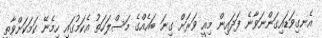
އެނގިވަޑައިގަންނަވާނެ ފަދައިން މިއީ ވަރަށް ގިނަ ބައެއްގެ މަސްލަހަތު އެކަމުގައި ހިމެނޭ ކަމަކަށްވާތީ